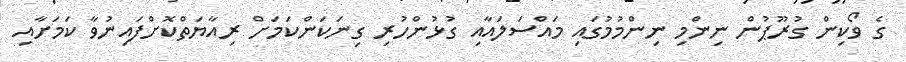
ގެ ވޯކިން ގުރޫޕުން ނިންމި ނިންމުމުގައި މައްސަލައާއި ގުޅުންހުރި ގިނަކަންކަމަށް ރިއާޔަތްކޮށްފައިނުވާ ކަމަށާއި